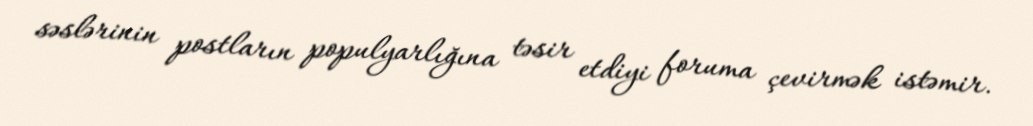
səslərinin postların populyarlığına təsir etdiyi foruma çevirmək istəmir.